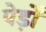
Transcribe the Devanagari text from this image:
पेड़ोँ